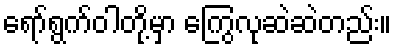
ရော်ရွက်ဝါတို့မှာ ကြွေလုဆဲဆဲတည်း။